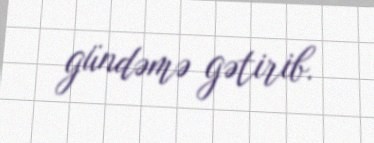
gündəmə gətirib.